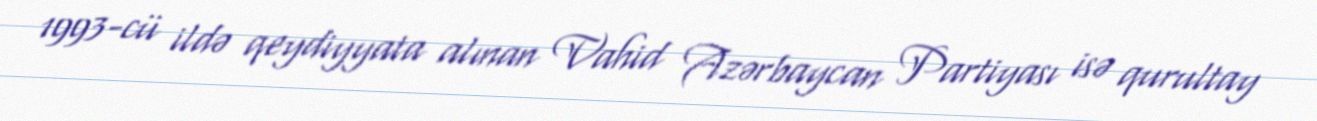
1993-cü ildə qeydiyyata alınan Vahid Azərbaycan Partiyası isə qurultay